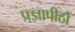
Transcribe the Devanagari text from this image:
प्रज्ञापीठों